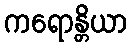
ကရောန္တိယာ